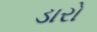
ડારો